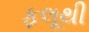
ફલૂથી